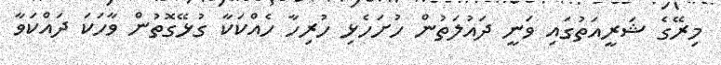
މިރޭގެ ޝަރީއަތުގައި ވަނީ ދައުލަތުން ހުށަހެޅި ހުރިހާ ހެއްކަކާ ގުޅޭގޮތުން ވާހަކަ ދައްކަވާ